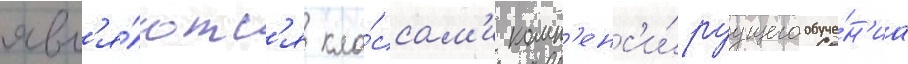
явл'я́ютс'я кла́ссам'и комп'енс'и́руущего обуче́н'иа